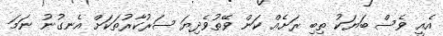
އެއީ ވެސް ބަޔަކު ތިބި ރަށެއް ކަން ވޭތުވެދިޔަ ސަރުކާރުތަކަށް އެނގުނު ނަމަ